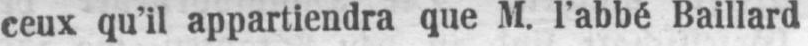
ceux qu’il appartiendra que M. l’abbé Baillard